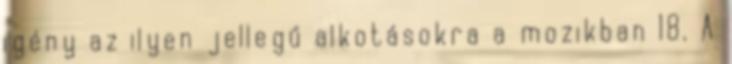
igény az ilyen jellegű alkotásokra a mozikban 18. A